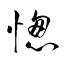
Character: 愡